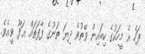
ފަހެ އެ މީހަކުގެ ކިބައިން ވޭތުވެ ދިޔަ ތަނުގެ ފާފަތައް ޢަފޫ ވީއެވެ.